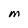
Character: M